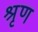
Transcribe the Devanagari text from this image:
श्रृण